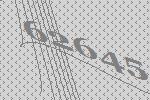
62645